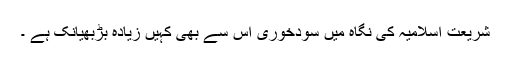
شریعت اسلامیہ کی نگاہ میں سودخوری اس سے بھی کہیں زیادہ بڑبھیانک ہے ۔